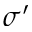
\sigma ^ { \prime }